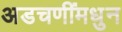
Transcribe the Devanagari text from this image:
अडचणींमधुन